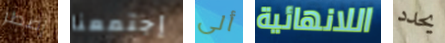
إضطر إجتمعنا ألى اللانهائية يحدد